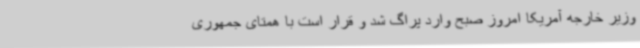
وزیر خارجه آمریکا امروز صبح وارد پراگ شد و قرار است با همتای جمهوری